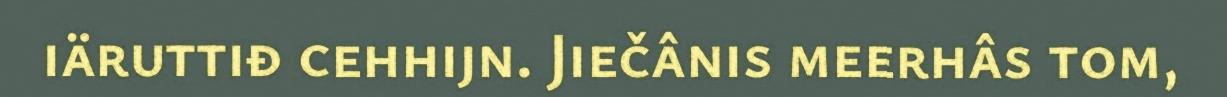
iäruttiđ cehhijn. Jiečânis meerhâs tom,